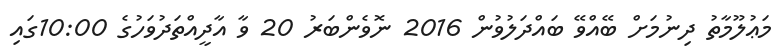
މަޢުލޫމާތު ދިނުމަށް ބޭއްވޭ ބައްދަލުވުން 2016 ނޮވެންބަރު 20 ވާ އާދީއްތަދުވަހުގެ 10:00ގައި